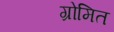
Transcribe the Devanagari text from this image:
ग्रोमित